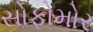
સોફોમોર